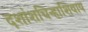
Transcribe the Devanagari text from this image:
दशांशचिन्हाशिवाय